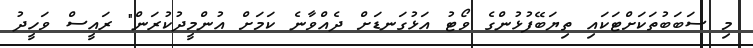
މި ސަބަބުތަކަށްޓަކައި ތިޔަބޭފުޅުންގެ ވޯޓު އަޅުގަނޑަށް ދެއްވާނެ ކަމަށް އުންމީދުކުރަން" ރައީސް ވަހީދު